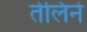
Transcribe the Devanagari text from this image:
तेलिने